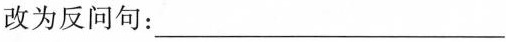
改为反问句：___